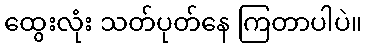
ထွေးလုံး သတ်ပုတ်နေ ကြတာပါပဲ။